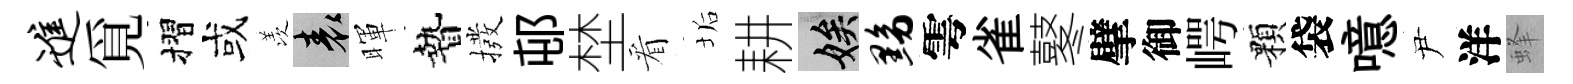
进覓摺或羡表暉贄撥邨埜看垢耕娭黝雩雀鼕擘御崿顆袋噫尹洋蜂